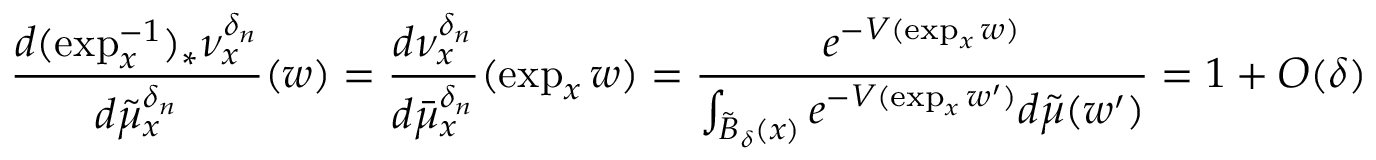
\frac { d ( \exp _ { x } ^ { - 1 } ) _ { * } \nu _ { x } ^ { \delta _ { n } } } { d \tilde { \mu } _ { x } ^ { \delta _ { n } } } ( w ) = \frac { d \nu _ { x } ^ { \delta _ { n } } } { d \bar { \mu } _ { x } ^ { \delta _ { n } } } ( \exp _ { x } w ) = \frac { e ^ { - V ( \exp _ { x } w ) } } { \int _ { \tilde { B } _ { \delta } ( x ) } e ^ { - V ( \exp _ { x } w ^ { \prime } ) } d \tilde { \mu } ( w ^ { \prime } ) } = 1 + O ( \delta )